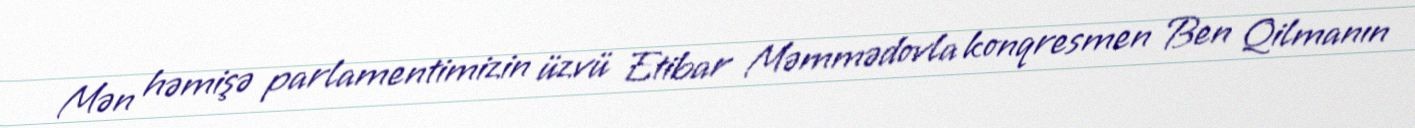
Mən həmişə parlamentimizin üzvü Etibar Məmmədovla konqresmen Ben Qilmanın